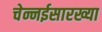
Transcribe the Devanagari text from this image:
चेन्नईसारख्या